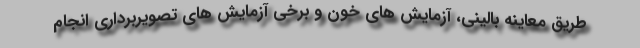
طریق معاینه بالینی، آزمایش های خون و برخی آزمایش های تصویربرداری انجام